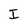
Character: I